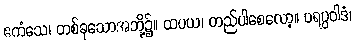
ဧကံသေ၊ တစ်ခုသောအဘို့၌။ ထပယ၊ တည်ပါစေလော့။ ပရပ္ပဝါဒံ၊